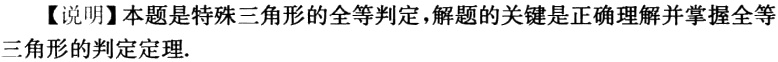
【说明】本题是特殊三角形的全等判定，解题的关键是正确理解并掌握全等三角形的判定定理.